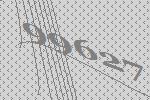
99627